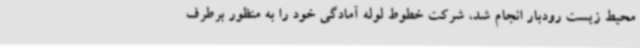
محیط زیست رودبار انجام شد، شرکت خطوط لوله آمادگی خود را به منظور برطرف